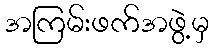
အကြမ်းဖက်အဖွဲ့မှ